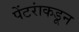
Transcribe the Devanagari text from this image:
पेंटरांकडून